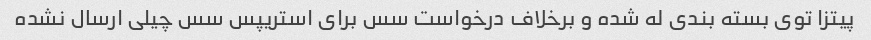
پیتزا توی بسته بندی له شده و برخلاف درخواست سس برای استریپس سس چیلی ارسال نشده